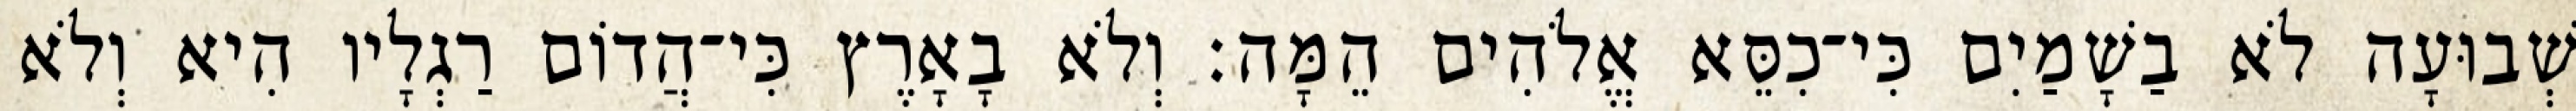
שְׁבוּעָה לֹא בַשָׁמַיִם כִּי־כִסֵּא אֱלֹהִים הֵמָּה׃ וְלֹא בָאָרֶץ כִּי־הֲדוֹם רַגְלָיו הִיא וְלֹא